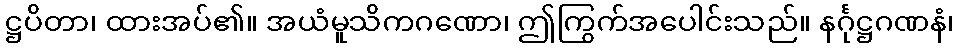
ဋ္ဌပိတာ၊ ထားအပ်၏။ အယံမူသိကဂဏော၊ ဤကြွက်အပေါင်းသည်။ နင်္ဂုဋ္ဌဂဏနံ၊